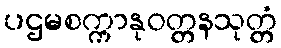
ပဌမစက္ကာနုဝတ္တနသုတ္တံ